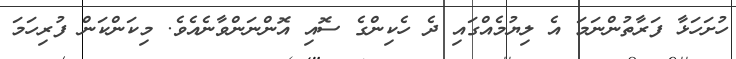
ހުށަހަޅާ ފަރާތުންނަމަ އެ ލިޔުމެއްގައި ދެ ހެކިންގެ ސޮއި އޮންނަންވާނެއެވެ. މިކަންކަން ފުރިހަމަ